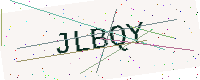
Text: JLBQY